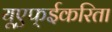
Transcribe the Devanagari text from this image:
यूएफ्ईकरिता